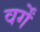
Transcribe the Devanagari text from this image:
वर्गें